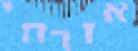
אזרחי